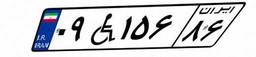
۶۵W۹۴۸۴۲